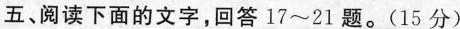
五、阅读下面的文字，回答17~21题。(15分)